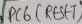
Text: PC6(RESET)